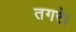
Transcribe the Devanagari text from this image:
तगरे।